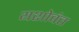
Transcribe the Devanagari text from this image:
यशोवंत